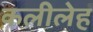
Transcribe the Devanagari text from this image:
कलीलेह